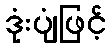
ဒုံးပျံဖြင့်